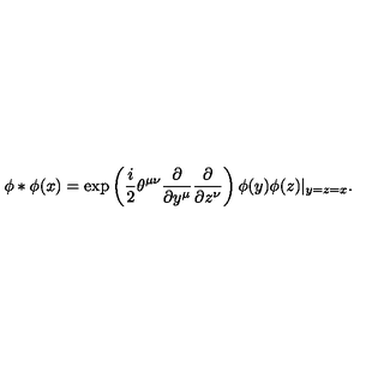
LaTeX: \phi * \phi ( x ) = \exp \left( \frac { i } { 2 } \theta ^ { \mu \nu } \frac { \partial } { \partial y ^ { \mu } } \frac { \partial } { \partial z ^ { \nu } } \right) \phi ( y ) \phi ( z ) | _ { y = z = x } .